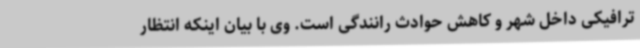
ترافیکی داخل شهر و کاهش حوادث رانندگی است. وی با بیان اینکه انتظار